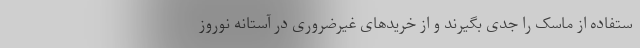
ستفاده از ماسک را جدی بگیرند و از خریدهای غیرضروری در آستانه نوروز